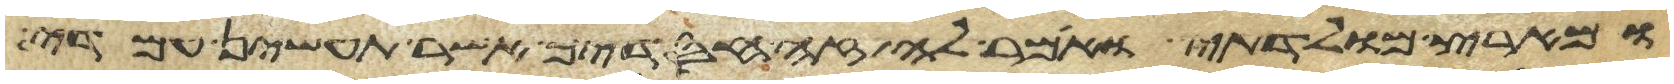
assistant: ומארץ מולדתי ואמר לה זה חסדיך אשר תעשין עמדי